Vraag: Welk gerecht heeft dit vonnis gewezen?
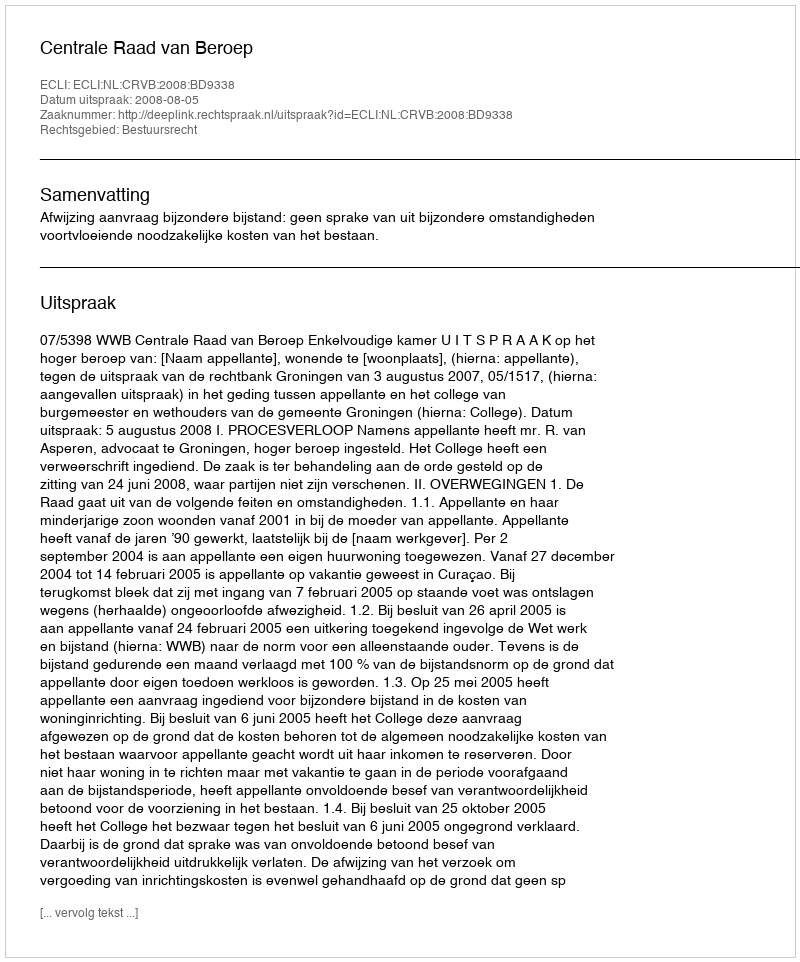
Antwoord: Centrale Raad van Beroep